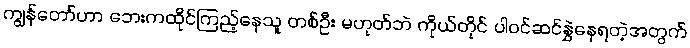
ကျွန်တော်ဟာ ဘေးကထိုင်ကြည့်နေသူ တစ်ဦး မဟုတ်ဘဲ ကိုယ်တိုင် ပါဝင်ဆင်နွှဲနေရတဲ့အတွက်